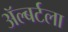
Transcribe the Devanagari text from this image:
ॲल्बर्टला